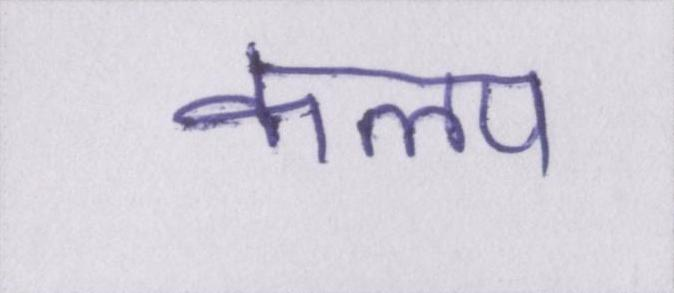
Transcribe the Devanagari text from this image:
कलप